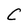
Character: C